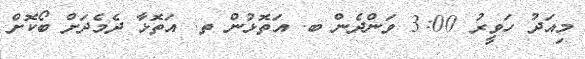
މިއަދު ހަވީރު 3:00 ވަންދެން ބ. އަތޮޅުން ތ. އަތޮޅާ ދެމެދަށް ބޯކޮށް